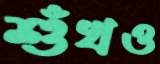
শুঁখও